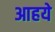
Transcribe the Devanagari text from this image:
आहये